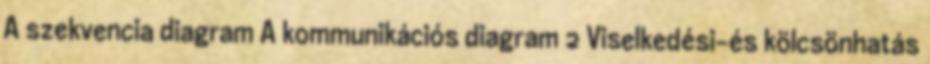
A szekvencia diagram A kommunikációs diagram 2 Viselkedési-és kölcsönhatás